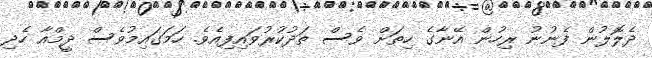
ދެލޮލުން ފެނުނު ރިހުން އޭނާގެ ހިތަށް ވެސް ތަދުކުރުވައިފިއެވެ. ހަމަގައިމުވެސް ދީމްއާ ހެދި